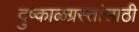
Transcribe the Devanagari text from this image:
दुष्काळग्रस्तांसाठी